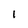
Character: l